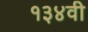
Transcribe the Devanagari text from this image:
१३४वी